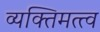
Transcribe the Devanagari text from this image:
व्यक्‍तिमत्त्व